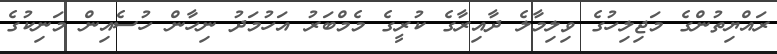
ރައްޔިތުންގެ މަޖިލިހުގެ ވިލިމާލެ ދާއިރާގެ ކުރީގެ މެމްބަރު އަހުމަދު ނިހާން ހުސެއިން މަނިކުގެ